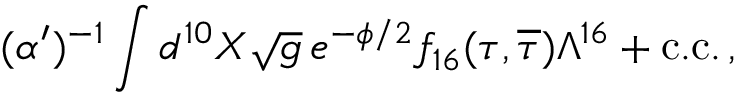
( \alpha ^ { \prime } ) ^ { - 1 } \int d ^ { 1 0 } X \sqrt g \, e ^ { - \phi / 2 } f _ { 1 6 } ( \tau , \overline { { { \tau } } } ) \Lambda ^ { 1 6 } + \mathrm { c . c . } \, ,